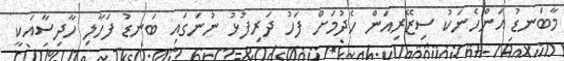
މާބަނޑު އަންހެނަކު ސިޒޭރިއަން ހެދުމަށް ފަހު ދަރިފުޅު ނުނަގައި ބަނޑު ފަހާލި ހާދިސާއަކީ